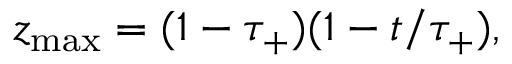
z _ { \mathrm { \small m a x } } = ( 1 - \tau _ { + } ) ( 1 - t / \tau _ { + } ) ,